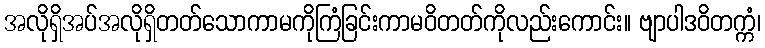
အလိုရှိအပ်အလိုရှိတတ်သောကာမကိုကြံခြင်းကာမဝိတတ်ကိုလည်းကောင်း။ ဗျာပါဒဝိတက္ကံ၊